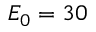
E _ { 0 } = 3 0